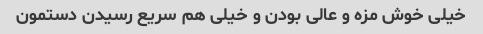
خیلی خوش مزه و عالی بودن و خیلی هم سریع رسیدن دستمون